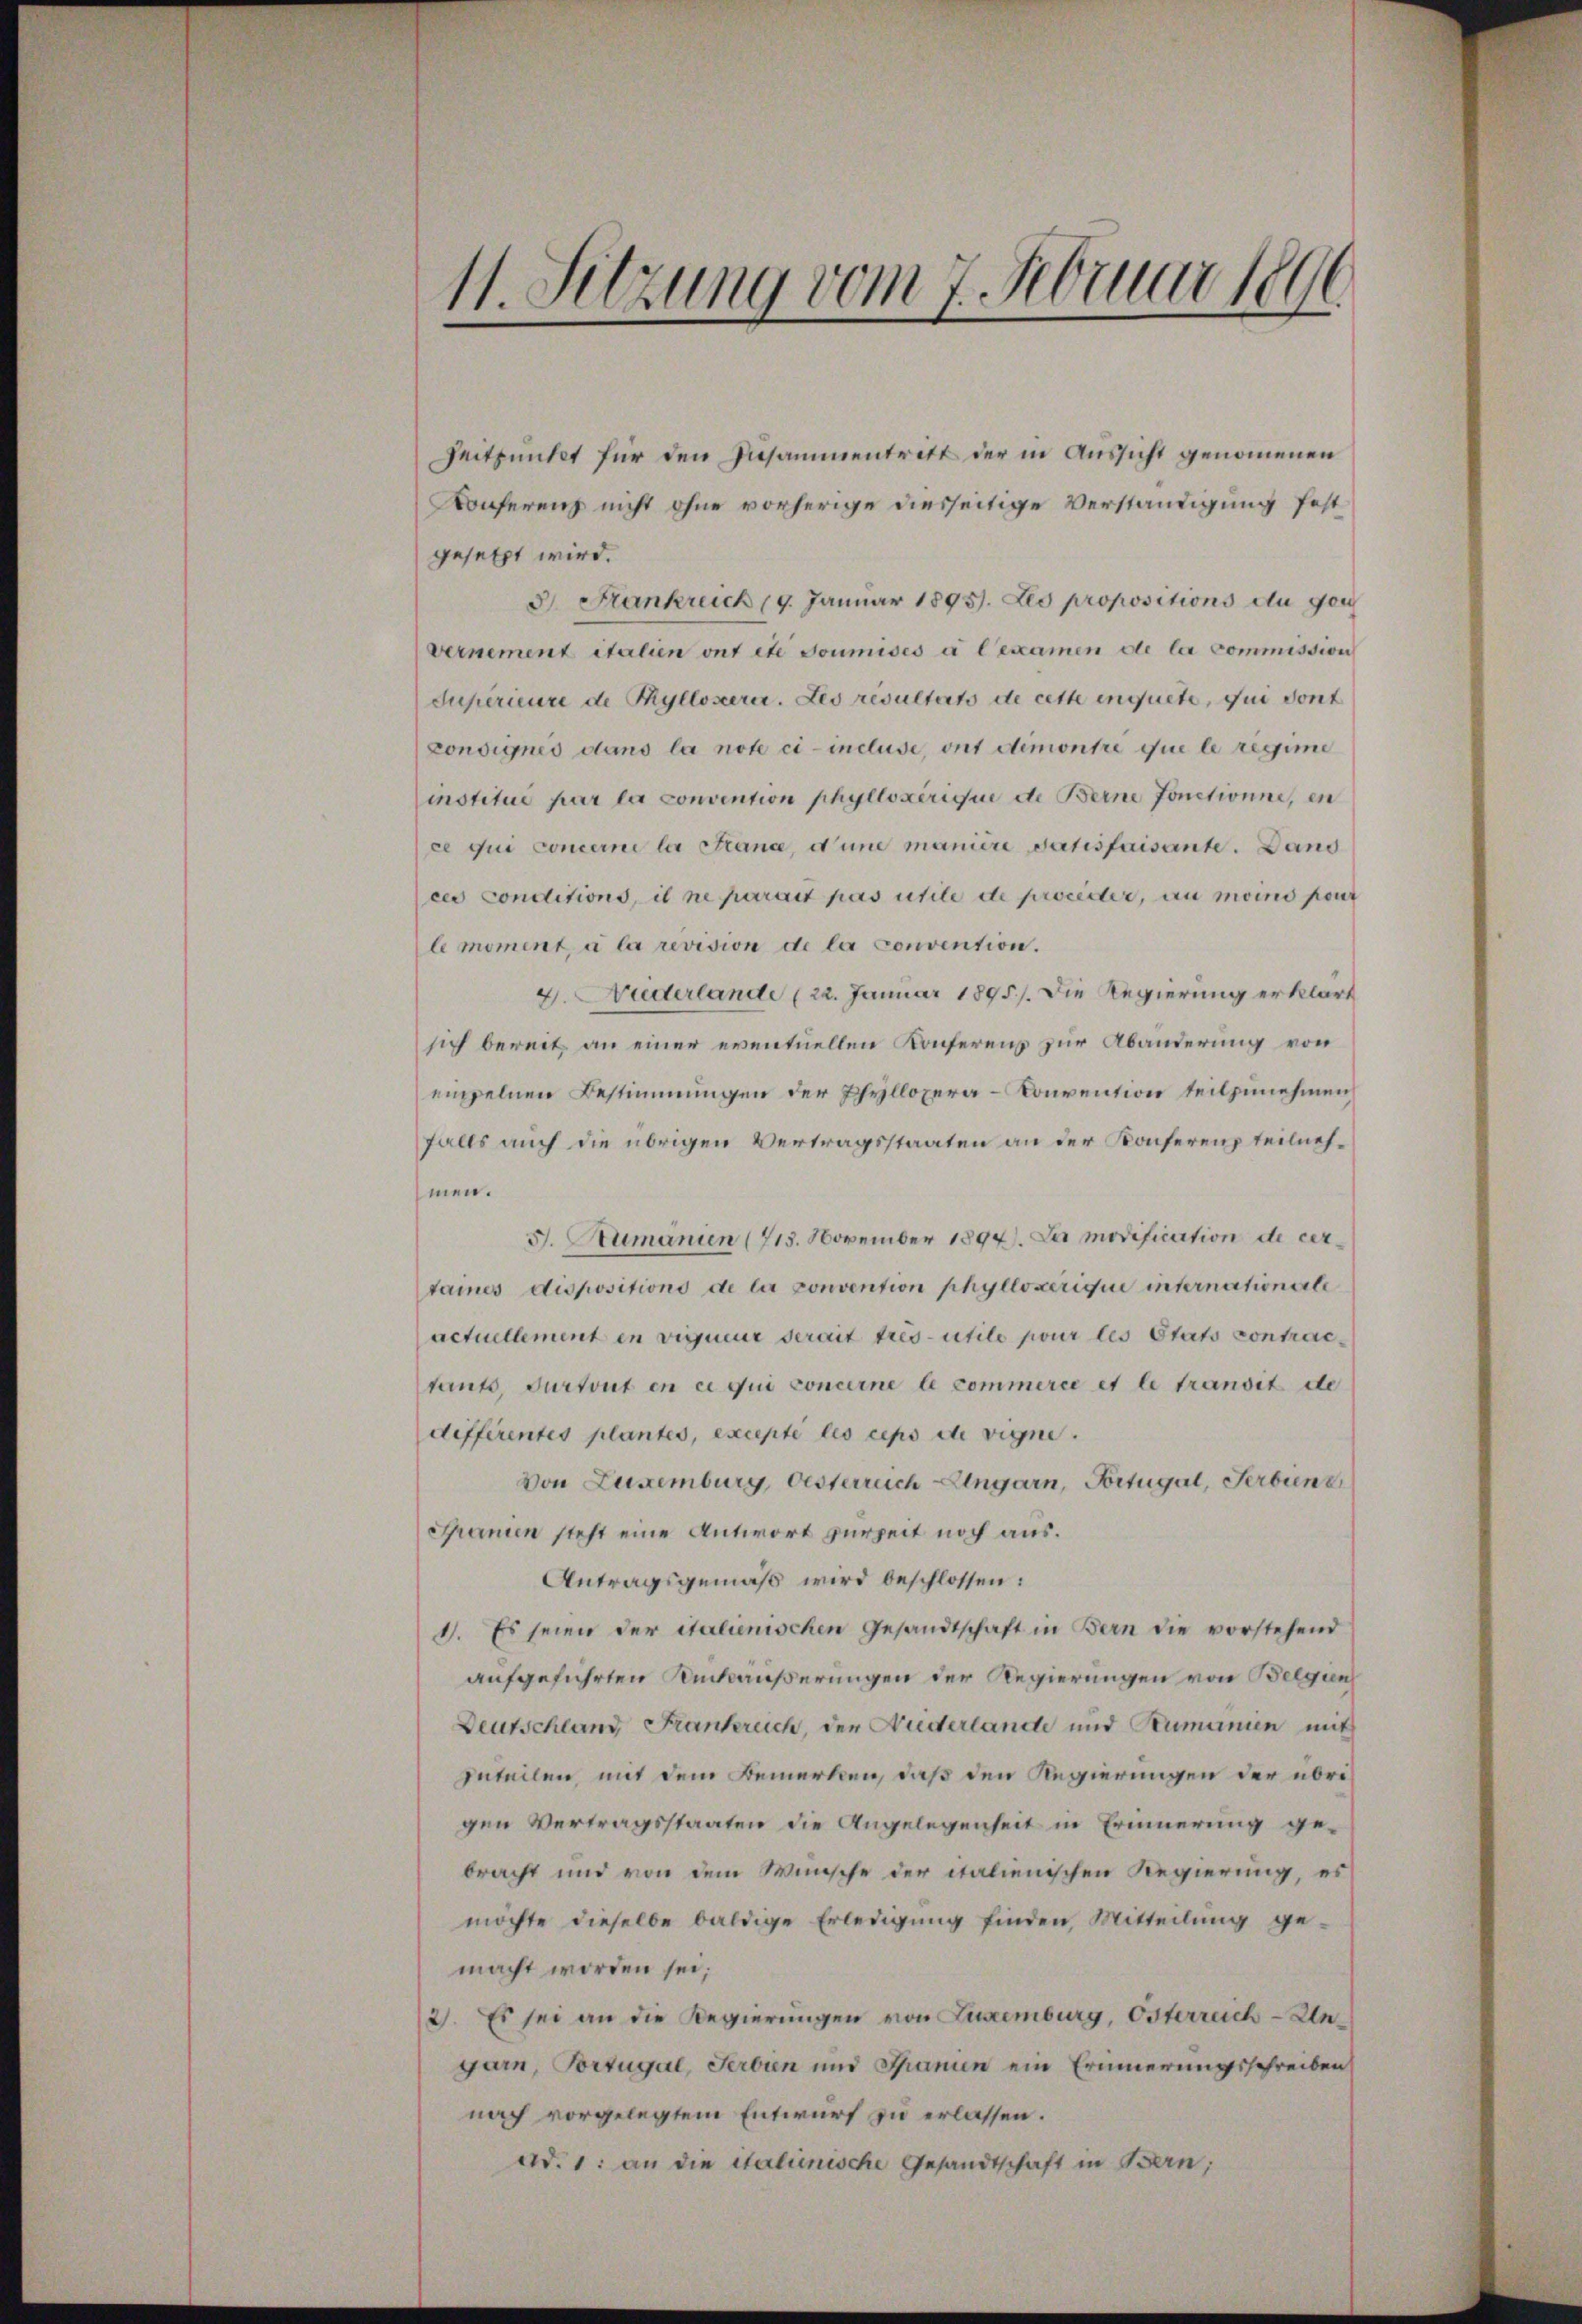
¬
11. Setzung vom 7. Februar 1891.

Zeitpunkt für den Zusammentritt der in Aussicht genommenen
Konferenz nicht ohne vorherige diesseitige Verständigung fest
gesetzt wird.
3. Frankreich 19. Januar 1895. Les propositions du gou
Vernement italien ont etc Joumises à l’examen de la commission
Supérieure de Ryllosere. Les resultats de cette inquete, sui dont
consignis dans la note ci- incluse, ont demontre que le regime
institue par la convention phyllozirique de Berne fonctionne, en
ce qui concerne la Stranc, d und manière datisfaisante. Dand
ces conclusions, il ne parait pas utile de proceder, au moins pout
l moment, à la revision de la convention.
4. Niederlande (22. Januar 1895). Die Regierung erklärt
sich bereit an einer eventuellen Konferenz zur Abänderung von
einzelnen Bestimmungen der Phyllopera-Konvention teilzunehmen,
falls auch die übrigen Vertragsstaaten an der Konferenz teilnehmen.
J. Stumänien (713. November 1894. Le modification de certaines dispositions de la convention phylloserique internationale
actuellement in vigueur serait tres utile pour les Etats contractants, durtout en ce qui concerne le commerce et le transit de
différentes plantes, excepté les ceps die vigne.
von Luxenburg, Oesterreich Eingarn, Fortugal, Serbiens
Granien steht eine Antwort zurzeit noch aus.
Antragsgemäß wird beschlossen:
1. Es seien der italienischen Gesandtschaft in Bern die vorstehend
aufgeführten Rückäußerungen der Regierungen von Bergun
Deutschland Frankreich, der Neiderlande und Rumanien mit
geteilen, mit dem Bemerken, daß den Regierungen der übrigen Vertragsstaaten die Angelegenheit in Erinnerung gebracht und von dem Wunsche der italienischen Regierung, es
möchte dieselbe baldige Erledigung finden, Mitteilung ge-
macht worden sei;
2. Es sei an die Regierungen von Luxenburg, Osterreich-Ungarn, Vorzugal, Serbien und Spanin ein Erinnerungsschreiben
nach vorgelegtem Entwurf zu erlassen.
Ad. 1. an die italienische Gesandtschaft in Bern,